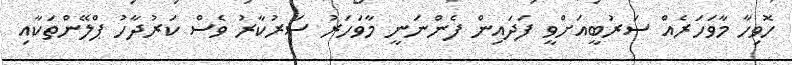
ހޮވިހާ މާވަހަރެއް ސަރުބީއަށްވީ ފަދައިން ފެންނަނީ މާވަހަރު ސަރުކާރު ވެސް ކަރުދާހު ޕްލޭންތަކާއި